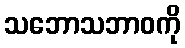
သဘောသဘာဝကို